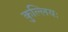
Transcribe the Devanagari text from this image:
कुल्लियः